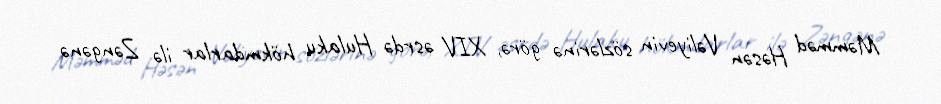
Məmməd Həsən Vəliyevin sözlərinə görə, XIV əsrdə Hulaku hökmdarlar ilə Zəngənə